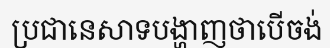
ប្រជានេសាទបង្ហាញថាបើចង់